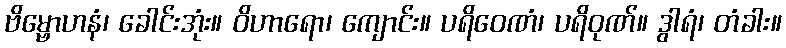
ဗိမ္ဗောဟနံ၊ ခေါင်းအုံး။ ဝိဟာရော၊ ကျောင်း။ ပရိဝေဏံ၊ ပရိဝုဏ်။ ဒွါရံ၊ တံခါး။